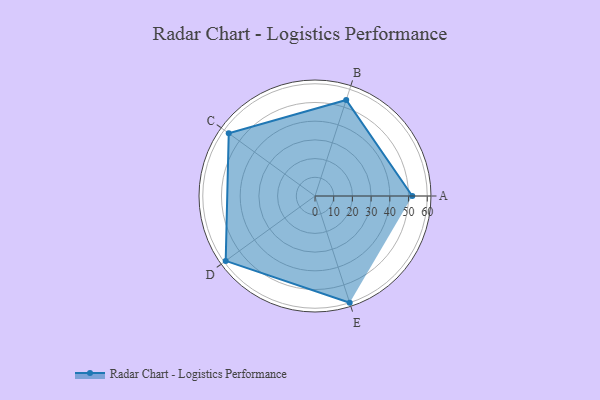
{"axis": {"x": "Skill", "y": "Score"}, "legend": ["Profile"], "data": [{"x": "A", "y": 52.0, "type": "Profile"}, {"x": "B", "y": 54.0, "type": "Profile"}, {"x": "C", "y": 57.0, "type": "Profile"}, {"x": "D", "y": 59.0, "type": "Profile"}, {"x": "E", "y": 60.0, "type": "Profile"}]}